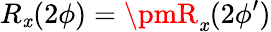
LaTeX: R_{\mathit{x}}(2\phi)=\pmR_{\mathit{x}}(2\phi^{\prime})